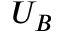
U _ { B }